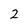
Character: 2